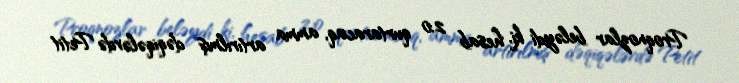
Proqnozlar beləydi ki, hesab 2:0 qurtaracaq, amma artırılmış dəqiqələrdə Petit